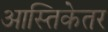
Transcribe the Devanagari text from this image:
आस्तिकेतर